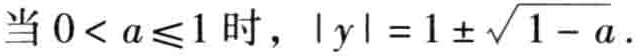
当 \(0 < a \leq 1\) 时，\(\vert y\vert = 1\pm\sqrt{1 - a}\)